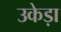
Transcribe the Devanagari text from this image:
उकेड़ा